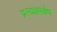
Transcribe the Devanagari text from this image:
प्रत्यक्षरश्लेष